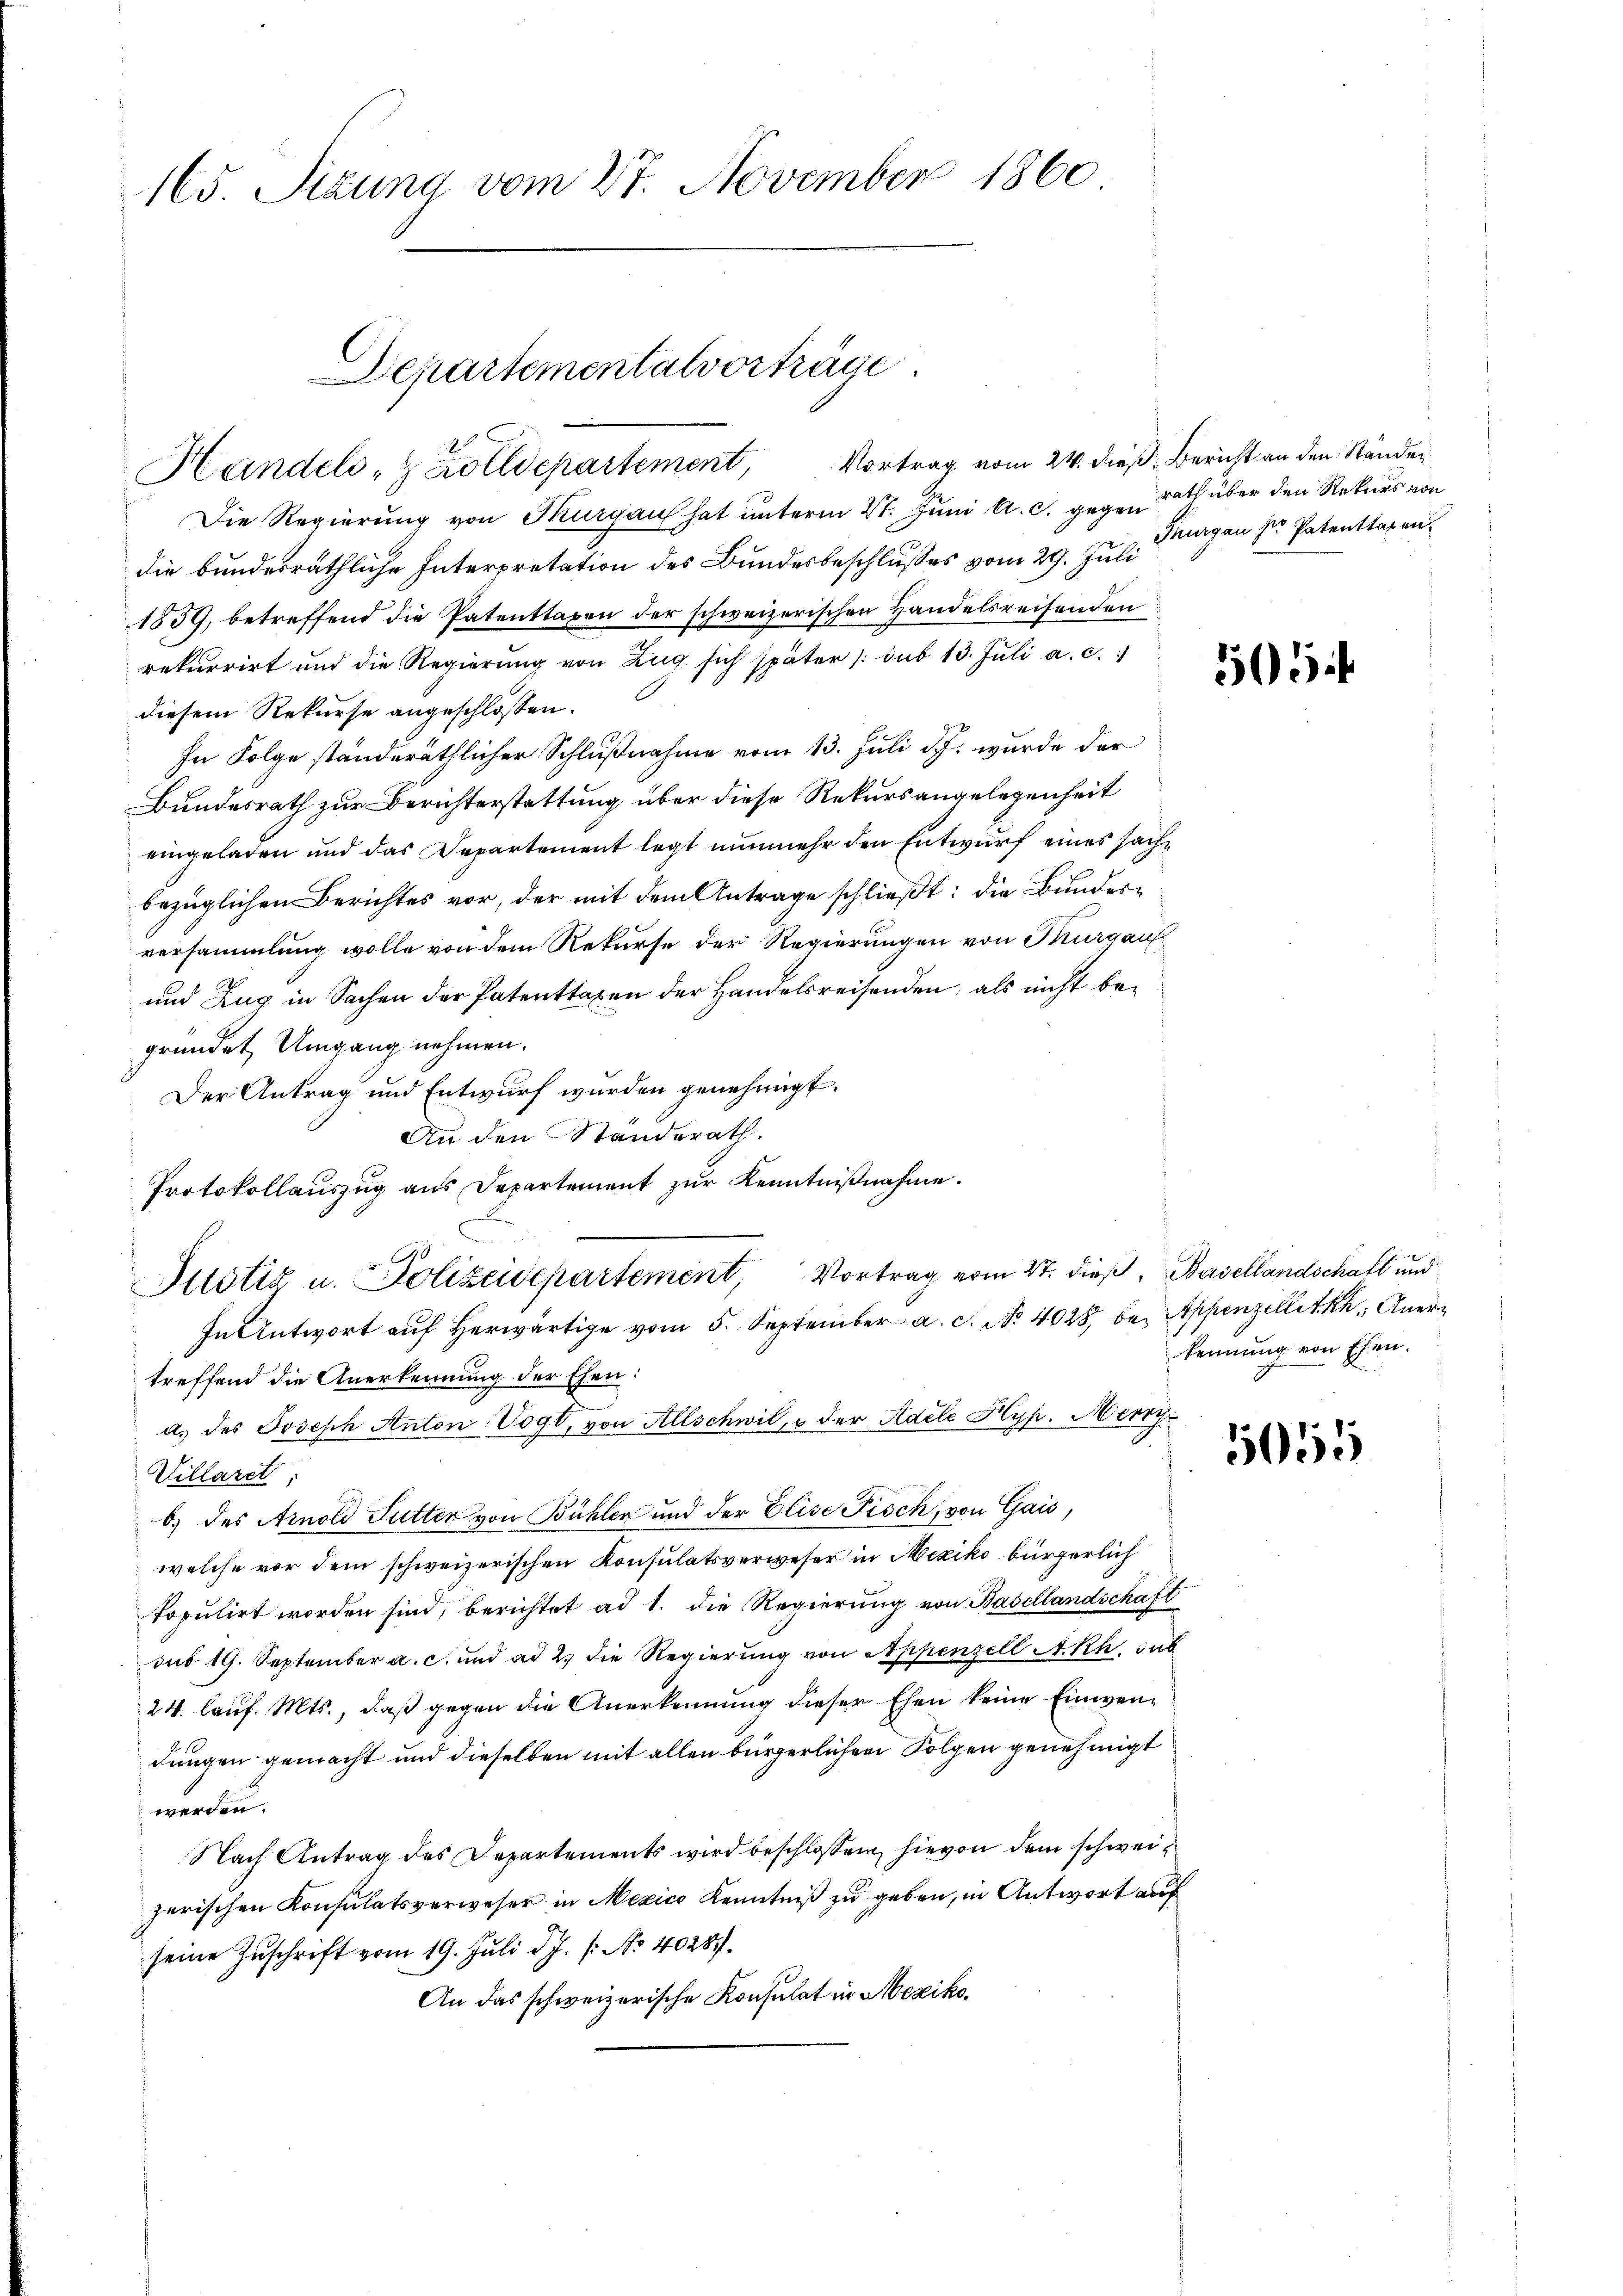
165. Sizung vom 27. November 1860

Departementalvorträge.
2
Handels- & Zolldepartement, Vortrag vom 24. dieß. Bericht an den Ständen

Die Regierung von Thurgau hat unterm 27. Juni l. c. gegen Rath über den Rekurs von
die bundesräthliche Interpretation des Bundesbeschlusses vom 29. Juli
1859, betreffend die Patenttaxen der schweizerischen Handelsreifenden
rekurrirt und die Regierung von Zug sich später /: sub 13. Jŭli a. c.
diesem Rekurse angeschlossen.
In Folge ständeräthlicher Schlußnahme vom 13. Juli d.J. wurde der
Bundesrath zur Berichterstattung über diese Rekursangelegenheit
eingeladen und das Departement legt nunmehr den Entwurf eines sache
bezüglichen Berichtes vor, der mit dem Antrage schließt: die Bunderversammlung wolle von dem Rekurse der Regierungen von Thurgau
und Zug in Sachen der Patenttaxen der Handelsreisenden, als nicht begründet Umgang nehmen.
Der Antrag und Entwurf wurden genehmigt.
An den Standerath.
Protokollauszug aus Departement zur Kenntnißnahme.
treffend die Anerkennung der Ehen:
a.) des Joseph Anton Vogt, von Allschwil, u der Adele Hyp. Merry
Villaret
b) des Arnold Futter von Bühlen und der Elise Fisch, von Gais,
welche vor dem schweizerischen Konsulatsverweser in Mexiko bürgerlich
topulirt worden sind, berichtet ad 1. die Regierung von Basellandschaft
du 19. September a. c. und ad 2. die Regierung von Appenzell A.Rh. sub
24. lauf. Mts., daß gegen die Anerkennung dieser Ehen keine Einwendungen gemacht und dieselben mit allen bürgerlichen Folgen genehmigt
werden.
Nach Antrag des Departements wird beschlossen, hievon dem schweizerischen Konsulatsverweser in Mexico Kenntniß zu geben, in Antwort auf
seine Zuschrift vom 19. Juli d. J. (: No 40287.
An das schweizerische Konsulat in Mexiko¬

8
Justiz u. Polizeidepartement, Vortrag vom 27. dieß, Basellandschaft und
In Antwort auf herwärtige vom 5. September a. c. No 4028 bei Appenzellett, Aner¬

Turgen Dr Patentragen.

505

kennung von Ehen.

5055